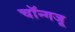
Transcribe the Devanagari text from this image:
चॉन्गजू